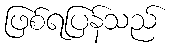
ဖြစ်ရပြန်သည်